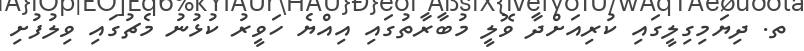
ތ. ދިޔަމިގިލީގައި ކުރިއަށްދާ ވޮލީ މުބާރާތުގައި އިއްޔެ ހަވީރު ކުޅުނު މެޗުގައި ވިލުފުށި